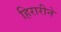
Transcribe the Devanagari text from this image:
हिरारीने